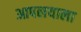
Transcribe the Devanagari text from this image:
आपलयाला